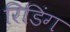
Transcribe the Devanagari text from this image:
रिडिंग